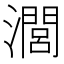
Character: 𤁵